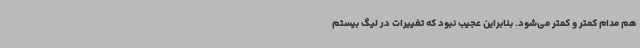
هم مدام کمتر و کمتر می‌شود. بنابراین عجیب نبود که تغییرات در لیگ بیستم